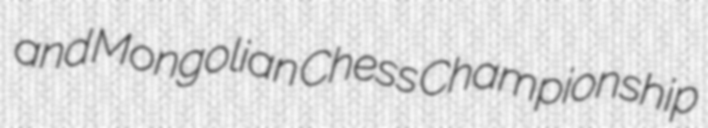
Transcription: and Mongolian Chess Championship